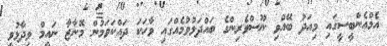
އެމްއެންބީސީގައި މިއަދު ބޭއްވި ނޫސްވެރިންގެ ބައްދަލުވުމެއްގައި ވާހަކަ ދައްކަވަމުން މޮނާޒާ ނައީމް ވިދާޅުވީ